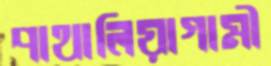
পাথালিয়াগামী